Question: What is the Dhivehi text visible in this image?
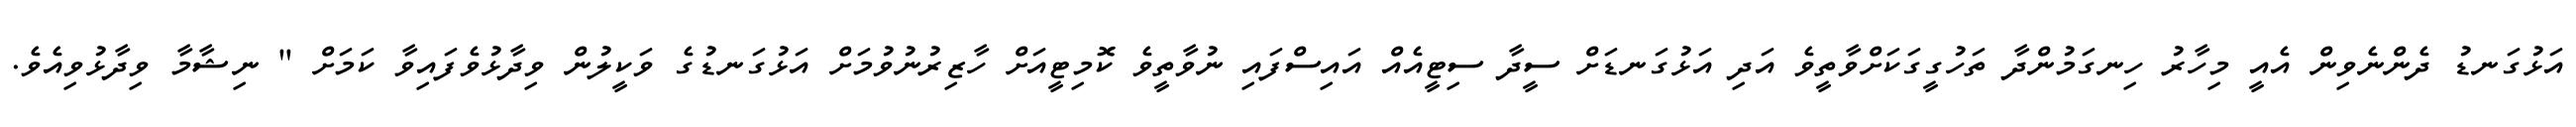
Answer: އަޅުގަނޑު ދެންނެވިން އެއީ މިހާރު ހިނގަމުންދާ ތަހުގީގަކަށްވާތީވެ އަދި އަޅުގަނޑަށް ސީދާ ސިޓީއެއް އައިސްފައި ނުވާތީވެ ކޮމިޓީއަށް ހާޒިރުނުވުމަށް އަޅުގަނޑުގެ ވަކީލުން ވިދާޅުވެފައިވާ ކަމަށް " ނިޝާމާ ވިދާޅުވިއެވެ.